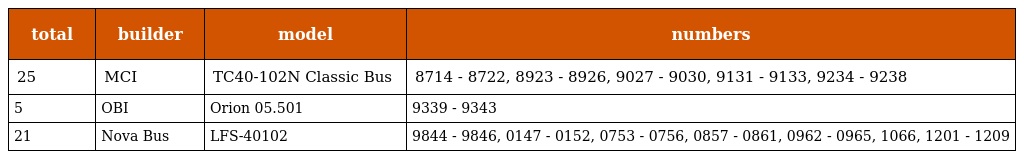
| total | builder | model | numbers |
 | --- | --- | --- | --- |
 | 25 | MCI | TC40-102N Classic Bus | 8714 - 8722, 8923 - 8926, 9027 - 9030, 9131 - 9133, 9234 - 9238 |
 | 5 | OBI | Orion 05.501 | 9339 - 9343 |
 | 21 | Nova Bus | LFS-40102 | 9844 - 9846, 0147 - 0152, 0753 - 0756, 0857 - 0861, 0962 - 0965, 1066, 1201 - 1209 |